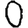
Digit: 0